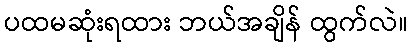
ပထမဆုံးရထား ဘယ်အချိန် ထွက်လဲ။